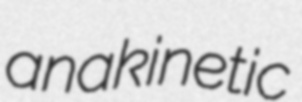
anakinetic